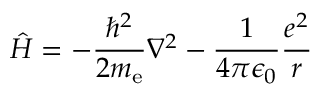
{ \hat { H } } = - { { \frac { \hbar ^ { 2 } } { 2 m _ { \mathrm { e } } } } \nabla ^ { 2 } } - { \frac { 1 } { 4 \pi \epsilon _ { 0 } } } { \frac { e ^ { 2 } } { r } }